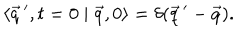
\langle \vec { q } \, ^ { \prime } , t = 0 \mid \vec { q } , 0 \rangle = \delta ( \vec { q } \, ^ { \prime } - \vec { q } ) .